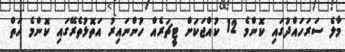
މާލެ ސަރަހައްދުގައި ކޮންމެ 12 ކުއްޖަކަށް ޓީޗަރެއް ހުންނައިރު އަތޮޅުތެރޭގައި ކޮންމެ ހަތް